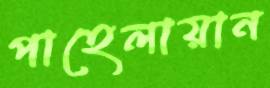
পাহেলায়ান